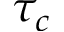
\tau _ { c }